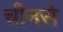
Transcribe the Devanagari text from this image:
चीनसे